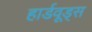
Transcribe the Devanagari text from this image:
हार्डवूड्स